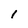
Character: 1